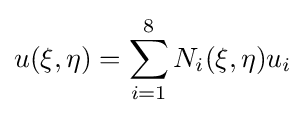
u(\xi ,\eta )=\sum _{i=1}^{8}N_{i}(\xi ,\eta )u_{i}